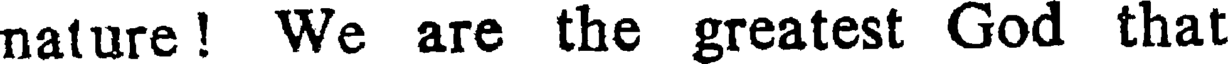
nature! We are the greatest God that